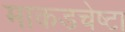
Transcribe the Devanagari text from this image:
माकडचेष्टा